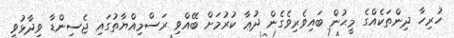
ހުރިހާ ދިންތަކެއްގެ މީޙުން ބައިވެރިވެގެން ދުޢާ ކުރުމަށް ބޭއްވި ރަސްމިއްޔާތުގައި ޖެސިންޑާ ވިދާޅުވީ